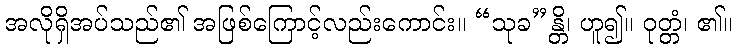
အလိုရှိအပ်သည်၏ အဖြစ်ကြောင့်လည်းကောင်း။ “သုခ”န္တိ၊ ဟူ၍။ ဝုတ္တံ၊ ၏။